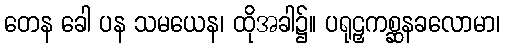
တေန ခေါ ပန သမယေန၊ ထိုအခါ၌။ ပရုဠှကစ္ဆနခလောမာ၊